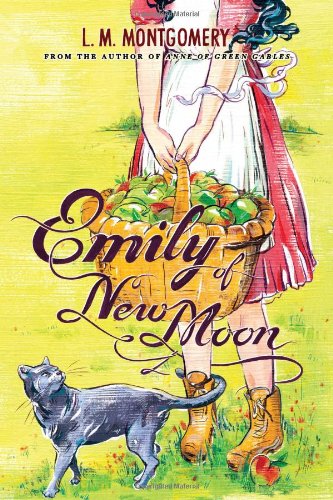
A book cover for Emily of New Moon; L.M. Montgomery; Children's Books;